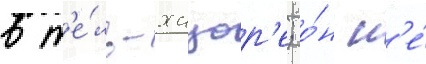
в т'е́ль-хацор'е; о́н н'е́